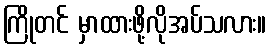
ကြိုတင် မှာထားဖို့လိုအပ်သလား။